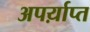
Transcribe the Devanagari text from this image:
अपर्य़ाप्त